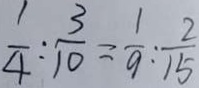
\frac { 1 } { 4 } : \frac { 3 } { 1 0 } = \frac { 1 } { 9 } : \frac { 2 } { 1 5 }